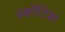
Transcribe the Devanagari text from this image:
स्कोंटिश